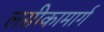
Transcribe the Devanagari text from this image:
लसीकामार्ग